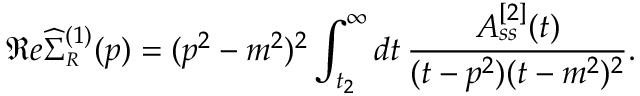
\Re e \widehat { \Sigma } _ { \scriptscriptstyle R } ^ { ( 1 ) } ( p ) = ( p ^ { 2 } - m ^ { 2 } ) ^ { 2 } \int _ { t _ { 2 } } ^ { \infty } d t \, \frac { A _ { s s } ^ { [ 2 ] } ( t ) } { { ( t - p ^ { 2 } ) } ( t - m ^ { 2 } ) ^ { 2 } } .